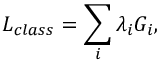
{ \cal L } _ { c l a s s } = \sum _ { i } \lambda _ { i } { \cal G } _ { i } ,